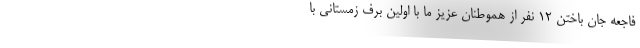
فاجعه جان باختن ۱۲ نفر از هموطنان عزیز ما با اولین برف زمستانی با